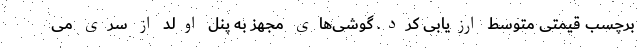
برچسب قیمتی متوسط ارزیابی کرد. گوشی‌‌های مجهز به پنل اولد از سری می